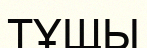
ТҰЩЫ